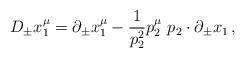
LaTeX: \begin{align*}D_{\pm }x_1^\mu =\partial _{\pm }x_1^\mu -\frac 1{p_2^2}p_2^\mu \,\,p_2\cdot\partial _{\pm }x_1\,,\end{align*}